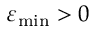
\varepsilon _ { \operatorname* { m i n } } > 0